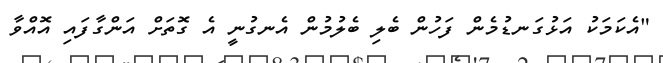
"އެކަމަކު އަޅުގަނޑުމެން ފަހުން ބެލި ބެލުމުން އެނގުނީ އެ ގޮތަށް އަންގާފައި އޮއްވާ